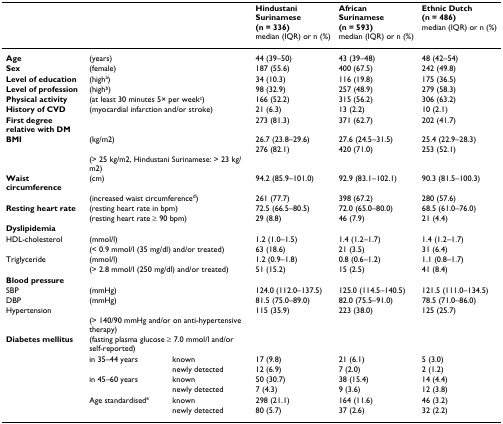
<table><thead><tr><td></td><td></td><td></td><td><b>Hindustani Surinamese(n = 336)median (IQR) or n (%)</b></td><td><b>African Surinamese(n = 593)median (IQR) or n (%)</b></td><td><b>Ethnic Dutch(n = 486)median (IQR) or n (%)</b></td></tr></thead><tbody><tr><td><b>Age</b></td><td colspan="2">(years)</td><td>44 (39–50)</td><td>43 (39–48)</td><td>48 (42–54)</td></tr><tr><td><b>Sex</b></td><td colspan="2">(female)</td><td>187 (55.6)</td><td>400 (67.5)</td><td>242 (49.8)</td></tr><tr><td><b>Level of education</b></td><td colspan="2">(high<sup>a</sup>)</td><td>34 (10.3)</td><td>116 (19.8)</td><td>175 (36.5)</td></tr><tr><td><b>Level of profession</b></td><td colspan="2">(high<sup>b</sup>)</td><td>98 (32.9)</td><td>257 (48.9)</td><td>279 (58.3)</td></tr><tr><td><b>Physical activity</b></td><td colspan="2">(at least 30 minutes 5× per week<sup>c</sup>)</td><td>166 (52.2)</td><td>315 (56.2)</td><td>306 (63.2)</td></tr><tr><td><b>History of CVD</b></td><td colspan="2">(myocardial infarction and/or stroke)</td><td>21 (6.3)</td><td>13 (2.2)</td><td>10 (2.1)</td></tr><tr><td><b>First degree relative with DM</b></td><td></td><td></td><td>273 (81.3)</td><td>371 (62.7)</td><td>202 (41.7)</td></tr><tr><td><b>BMI</b></td><td colspan="2">(kg/m2)</td><td>26.7 (23.8–29.6)</td><td>27.6 (24.5–31.5)</td><td>25.4 (22.9–28.3)</td></tr><tr><td></td><td colspan="2">(&gt; 25 kg/m2, Hindustani Surinamese: &gt; 23 kg/m2)</td><td>276 (82.1)</td><td>420 (71.0)</td><td>253 (52.1)</td></tr><tr><td><b>Waist circumference</b></td><td colspan="2">(cm)</td><td>94.2 (85.9–101.0)</td><td>92.9 (83.1–102.1)</td><td>90.3 (81.5–100.3)</td></tr><tr><td></td><td colspan="2">(increased waist circumference<sup>d</sup>)</td><td>261 (77.7)</td><td>398 (67.2)</td><td>280 (57.6)</td></tr><tr><td><b>Resting heart rate</b></td><td colspan="2">(resting heart rate in bpm)</td><td>72.5 (66.5–80.5)</td><td>72.0 (65.0–80.0)</td><td>68.5 (61.0–76.0)</td></tr><tr><td></td><td colspan="2">(resting heart rate ≥ 90 bpm)</td><td>29 (8.8)</td><td>46 (7.9)</td><td>21 (4.4)</td></tr><tr><td><b>Dyslipidemia</b></td><td></td><td></td><td></td><td></td><td></td></tr><tr><td>HDL-cholesterol</td><td colspan="2">(mmol/l)</td><td>1.2 (1.0–1.5)</td><td>1.4 (1.2–1.7)</td><td>1.4 (1.2–1.7)</td></tr><tr><td></td><td colspan="2">(&lt; 0.9 mmol/l (35 mg/dl) and/or treated)</td><td>63 (18.6)</td><td>21 (3.5)</td><td>31 (6.4)</td></tr><tr><td>Triglyceride</td><td colspan="2">(mmol/l)</td><td>1.2 (0.9–1.8)</td><td>0.8 (0.6–1.2)</td><td>1.1 (0.8–1.7)</td></tr><tr><td></td><td colspan="2">(&gt; 2.8 mmol/l (250 mg/dl) and/or treated)</td><td>51 (15.2)</td><td>15 (2.5)</td><td>41 (8.4)</td></tr><tr><td><b>Blood pressure</b></td><td></td><td></td><td></td><td></td><td></td></tr><tr><td>SBP</td><td colspan="2">(mmHg)</td><td>124.0 (112.0–137.5)</td><td>125.0 (114.5–140.5)</td><td>121.5 (111.0–134.5)</td></tr><tr><td>DBP</td><td colspan="2">(mmHg)</td><td>81.5 (75.0–89.0)</td><td>82.0 (75.5–91.0)</td><td>78.5 (71.0–86.0)</td></tr><tr><td>Hypertension</td><td colspan="2">(&gt; 140/90 mmHg and/or on anti-hypertensive therapy)</td><td>115 (35.9)</td><td>223 (38.0)</td><td>125 (25.7)</td></tr><tr><td><b>Diabetes mellitus</b></td><td colspan="2">(fasting plasma glucose ≥ 7.0 mmol/l and/or self-reported)</td><td></td><td></td><td></td></tr><tr><td></td><td>in 35–44 years</td><td>known</td><td>17 (9.8)</td><td>21 (6.1)</td><td>5 (3.0)</td></tr><tr><td></td><td></td><td>newly detected</td><td>12 (6.9)</td><td>7 (2.0)</td><td>2 (1.2)</td></tr><tr><td></td><td>in 45–60 years</td><td>known</td><td>50 (30.7)</td><td>38 (15.4)</td><td>14 (4.4)</td></tr><tr><td></td><td></td><td>newly detected</td><td>7 (4.3)</td><td>9 (3.6)</td><td>12 (3.8)</td></tr><tr><td></td><td>Age standardised<sup>e</sup></td><td>known</td><td>298 (21.1)</td><td>164 (11.6)</td><td>46 (3.2)</td></tr><tr><td></td><td></td><td>newly detected</td><td>80 (5.7)</td><td>37 (2.6)</td><td>32 (2.2)</td></tr></tbody></table>